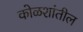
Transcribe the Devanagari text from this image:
कोळशांतील